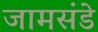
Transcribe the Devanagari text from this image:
जामसंडे